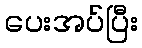
ပေးအပ်ပြီး